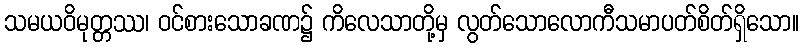
သမယဝိမုတ္တဿ၊ ဝင်စားသောခဏ၌ ကိလေသာတို့မှ လွတ်သောလောကီသမာပတ်စိတ်ရှိသော။